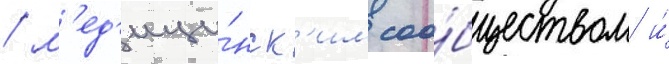
/ м'ед'ици́нск'им соо́бществом и́